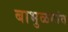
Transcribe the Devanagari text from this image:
बाभुळगांव